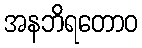
အနဘိရတောဝ